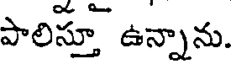
పాలిస్తూ ఉన్నాను.